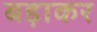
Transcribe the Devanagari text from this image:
बड़ाकर